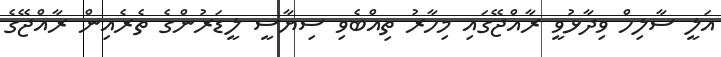
އަލީ ސާލިހް ވިދާޅުވީ ރާއްޖޭގައި މިހާރު ތިއްބެވި ސިޔާސީ ލީޑަރުންގެ ތެރެއިން ރާއްޖޭގެ